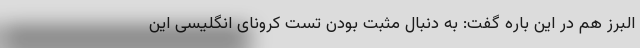
البرز هم در این باره گفت: به دنبال مثبت بودن تست کرونای انگلیسی این